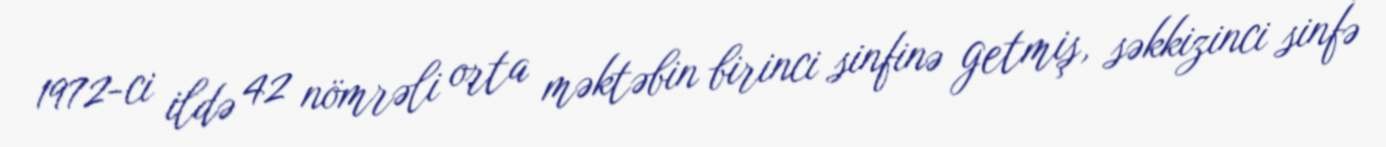
1972-ci ildə 42 nömrəli orta məktəbin birinci sinfinə getmiş, səkkizinci sinfə